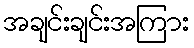
အချင်းချင်းအကြား